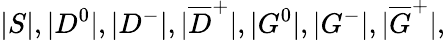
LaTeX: |S|,|D^{0}|,|D^{-}|,|\overline{{D}}^{+}|,|G^{0}|,|G^{-}|,|\overline{{G}}^{+}|,